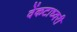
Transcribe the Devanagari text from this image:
वेंकटाध्वरी